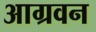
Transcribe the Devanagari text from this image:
आग्रवन